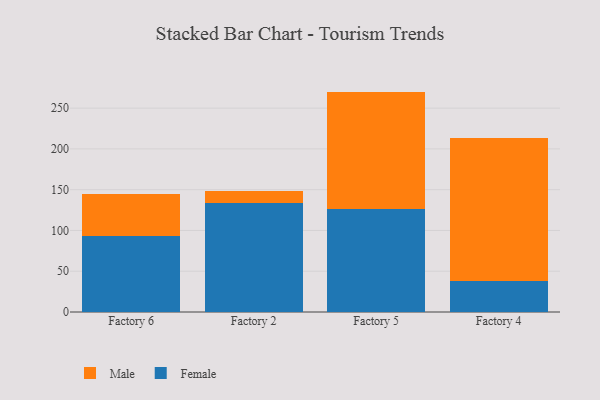
{"axis": {"x": "Factory", "y": "Backlog"}, "legend": ["Female", "Male"], "data": [{"x": "Factory 6", "y": 93.4, "type": "Female"}, {"x": "Factory 6", "y": 51.4, "type": "Male"}, {"x": "Factory 2", "y": 133.7, "type": "Female"}, {"x": "Factory 2", "y": 15.0, "type": "Male"}, {"x": "Factory 5", "y": 126.2, "type": "Female"}, {"x": "Factory 5", "y": 144.1, "type": "Male"}, {"x": "Factory 4", "y": 37.9, "type": "Female"}, {"x": "Factory 4", "y": 176.0, "type": "Male"}]}